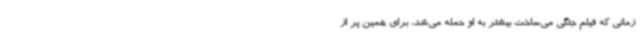
زمانی که فیلم جنگی می‌ساخت بیشتر به او حمله می‌شد، برای همین پر از